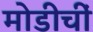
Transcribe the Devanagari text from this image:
मोडीचीं